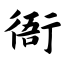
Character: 衙